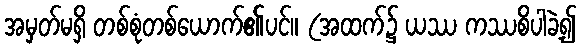
အမှတ်မရှိ တစ်စုံတစ်ယောက်၏ပင်။ (အထက်၌ ယဿ ကဿစိပါခဲ့၍